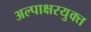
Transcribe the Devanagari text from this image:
अल्पाक्षरयुक्त